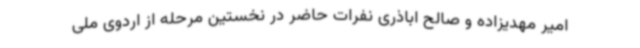
امیر مهدیزاده و صالح اباذری نفرات حاضر در نخستین مرحله از اردوی ملی